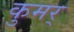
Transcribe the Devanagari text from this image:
कुमर्